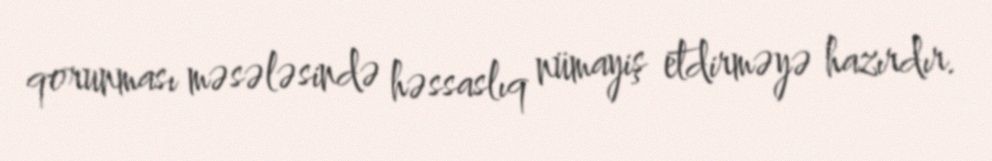
qorunması məsələsində həssaslıq nümayiş etdirməyə hazırdır.